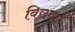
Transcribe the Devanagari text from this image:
विछवा